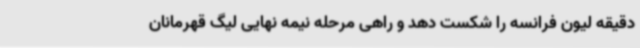
دقیقه لیون فرانسه را شکست دهد و راهی مرحله نیمه نهایی لیگ قهرمانان